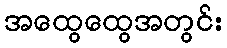
အထွေထွေအတွင်း